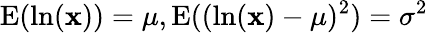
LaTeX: \operatorname{E}(\ln(\mathbf{x}))=\mu,\operatorname{E}((\ln(\mathbf{x})-\mu)^{2})=\sigma^{2}